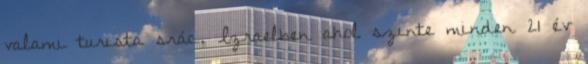
valami turista srác. Izraelben ahol szinte minden 21 év